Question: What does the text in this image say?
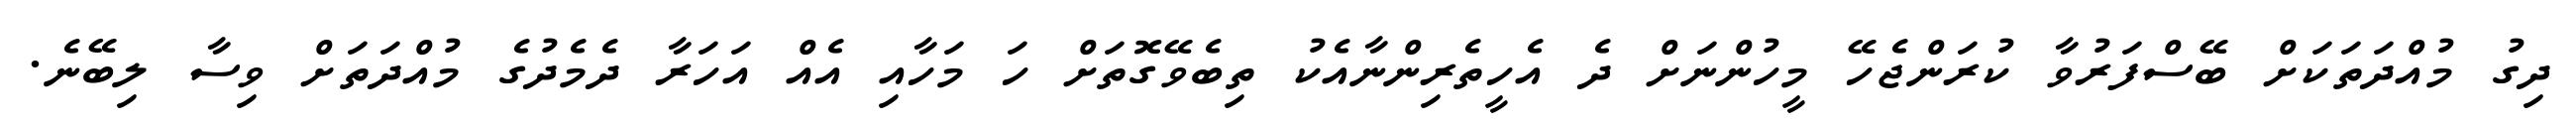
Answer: ދިގު މުއްދަތަކަށް ބޭސްފަރުވާ ކުރަންޖެހޭ މީހުންނަށް ދެ އެހީތެރިންނާއެކު ތިބެވޭގޮތަށް ހަ މަހާއި އެއް އަހަރާ ދެމެދުގެ މުއްދަތަށް ވިސާ ލިބޭނެ.